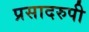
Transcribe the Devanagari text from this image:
प्रसादरुपी